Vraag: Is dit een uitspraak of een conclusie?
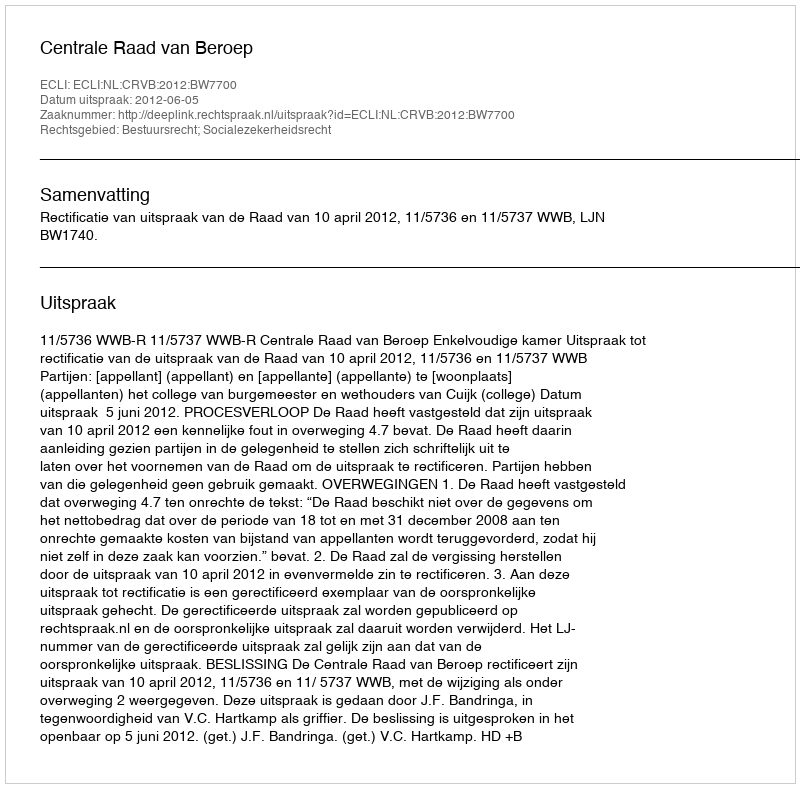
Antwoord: Uitspraak